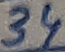
Text: 34